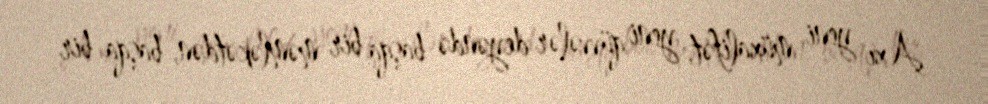
Axı yeni müxalifət, yeni qüvvələr deyəndə başqa bir məmləkətdən, başqa bir